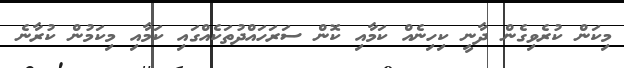
މިކަން ކުރެވިގެން ދާނީ ކިހިނެއް ކަމާއި ކޮން ސަރަހައްދުތަކެއްގައި ކަމާއި މިކަމުން ކުރާނެ